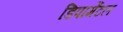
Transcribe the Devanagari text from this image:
डिपार्मेंटल